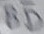
Text: BD